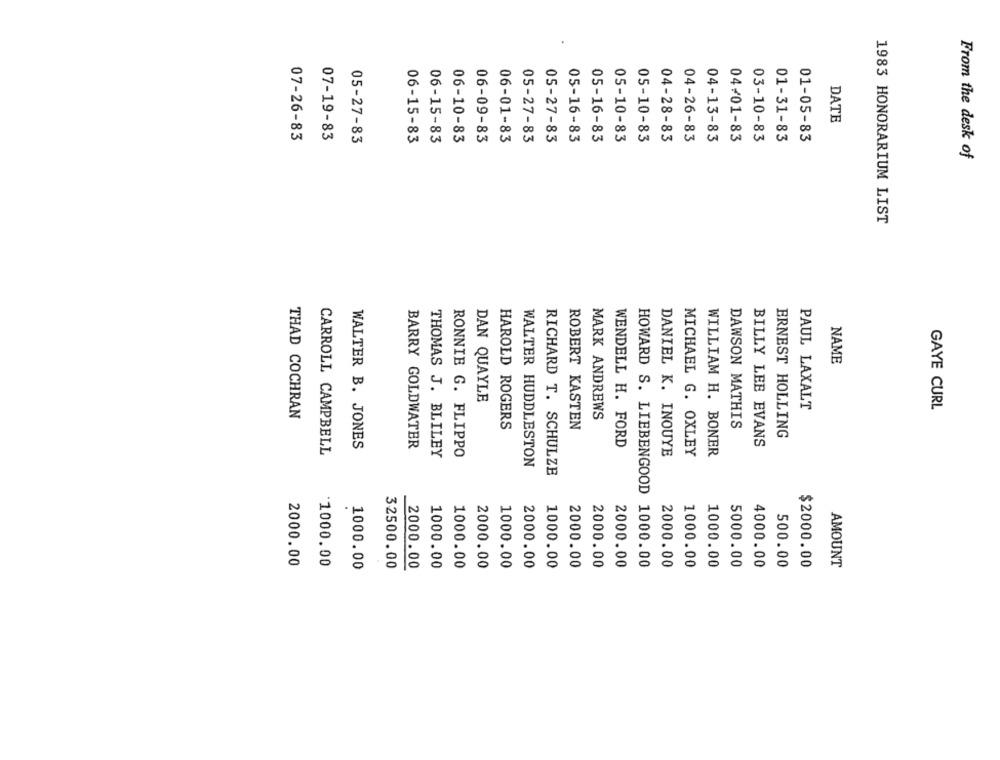
DATE
07-26-83
07-19-83
06-10-83
06-09-83
06-01-83
05-27-83
04-26-83
04/01-83
03-10-83
01-31-83
05-27-83
06-15-83
06-15-83
05-27-83
05-16-83
05-16-83
05-10-83
05-10-83
04-28-83
04-13-83
01-05-83
From the desk of
1983 HONORARIUM LIST
NAME
DAN QUAYLE
PAUL LAXALT
GAYE CURL
THAD COCHRAN
MARK ANDREWS
HAROLD ROGERS
ROBERT KASTEN
DAWSON MATHIS
ERNEST HOLLING
WALTER B. JONES
BARRY GOLDWATER
WENDELL H. FORD
BILLY LEE EVANS
CARROLL CAMPBELL
THOMAS J. BLILEY
RONNIE G. FLIPPO
DANIEL K. INOUYE
MICHAEL G. OXLEY
WILLIAM H. BONER
WALTER HUDDLESTON
RICHARD T. SCHULZE
2000.00
1000.00
5000.00
4000.00
500.00
1000.00
32500.00
2000.00
1000.00
1000.00
2000.00
1000.00
2000.00
1000.00
2000.00
2000.00
2000.00
HOWARD S. LIEBENGOOD 1000.00
2000.00
1000.00
1000.00
$2000.00
AMOUNT